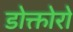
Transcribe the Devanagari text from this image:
डोक्तोरो